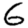
Digit: 6